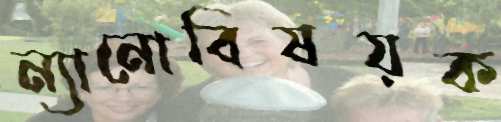
ন্যানোবিষয়ক